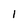
Character: 1